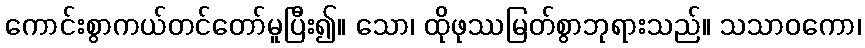
ကောင်းစွာကယ်တင်တော်မူပြီး၍။ သော၊ ထိုဖုဿမြတ်စွာဘုရားသည်။ သသာဝကော၊